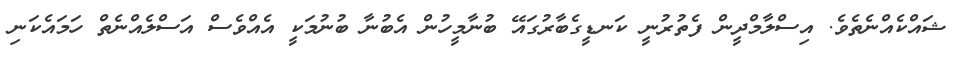
ޝައްކެއްނެތެވެ. އިސްލާމްދީން ފެތުރުނީ ކަނޑީގެބާރުގައޭ ބުނާމީހުން އެބުނާ ބުނުމަކީ އެއްވެސް އަސްލެއްނެތް ހަމައެކަނި